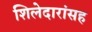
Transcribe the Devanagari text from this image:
शिलेदारांसह